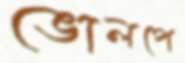
ভোলপে